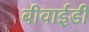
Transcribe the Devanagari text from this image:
बीवाईडी